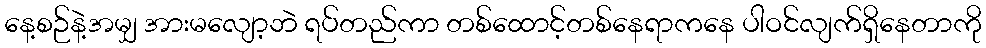
နေ့စဉ်နဲ့အမျှ အားမလျော့ဘဲ ရပ်တည်ကာ တစ်ထောင့်တစ်နေရာကနေ ပါဝင်လျက်ရှိနေတာကို